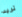
تريد